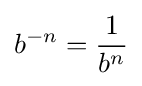
b^{-n}={\frac {1}{b^{n}}}